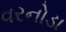
વરનોડા